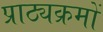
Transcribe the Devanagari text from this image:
प्राठ्यक्रमों